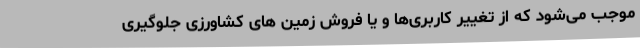
موجب می‌شود که از تغییر کاربری‌ها و یا فروش زمین های کشاورزی جلوگیری